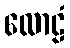
လောဠံ